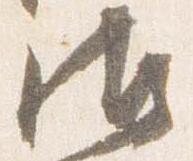
御